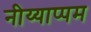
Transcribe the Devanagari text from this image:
नीय्याप्पम